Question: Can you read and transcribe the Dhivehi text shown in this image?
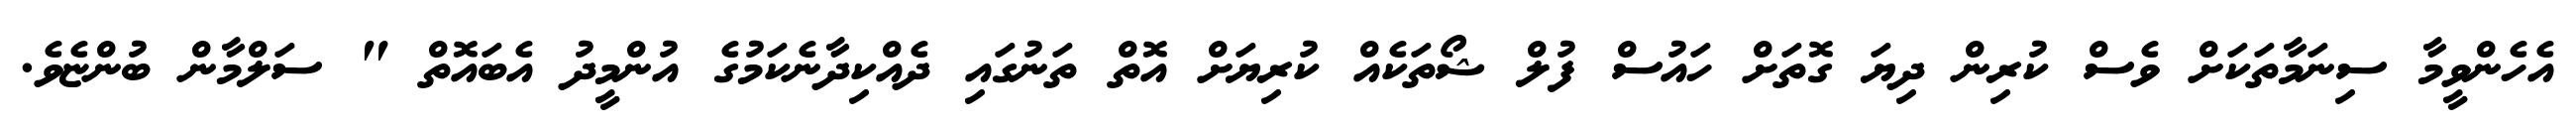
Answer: އެހެންވީމާ ސިނަމާތަކަށް ވެސް ކުރިން ދިޔަ ގޮތަށް ހައުސް ފުލް ޝޯތަކެއް ކުރިޔަށް އޮތް ތަނުގައި ދެއްކިދާނެކަމުގެ އުންމީދު އެބައޮތް " ސަލްމާން ބުންޏެވެ.